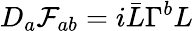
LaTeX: D_{a}\mathcal{F}_{ab}=i\bar{{L}}\Gamma^{b}L